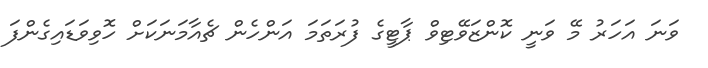
ވަނަ އަހަރު މޭ ވަނީ ކޮންޒަވޭޓިވް ޕާޓީގެ ފުރަތަމަ އަންހެން ޗެއާމަނަކަށް ހޮވިވަޑައިގެންފަ